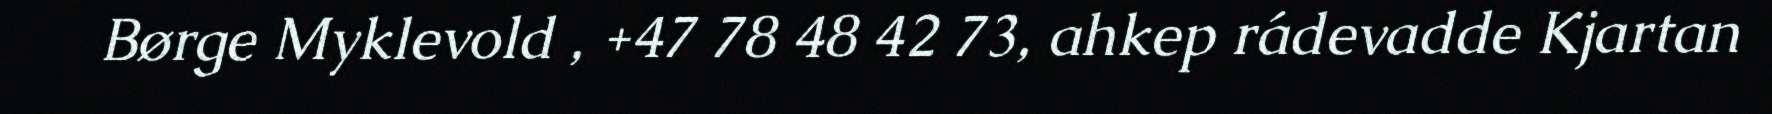
Børge Myklevold , +47 78 48 42 73, ahkep rádevadde Kjartan